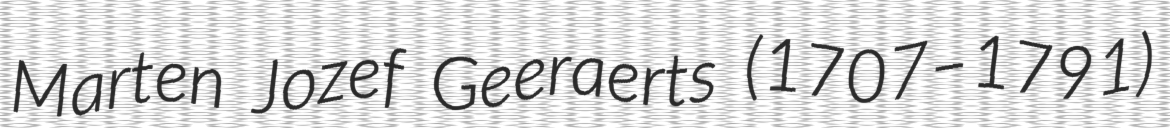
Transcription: Marten Jozef Geeraerts (1707–1791)